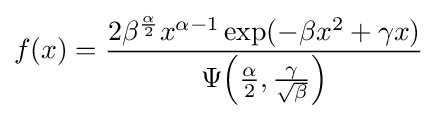
f(x)={\frac {2\beta ^{\frac {\alpha }{2}}x^{\alpha -1}\exp(-\beta x^{2}+\gamma x)}{\Psi {\left({\frac {\alpha }{2}},{\frac {\gamma }{\sqrt {\beta }}}\right)}}}\